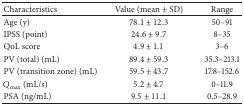
<table><thead><tr><td><b>Characteristics</b></td><td><b>Value (mean ± SD)</b></td><td><b>Range</b></td></tr></thead><tbody><tr><td>Age (y)</td><td>78.1 ± 12.3</td><td>50–91</td></tr><tr><td>IPSS (point)</td><td>24.6 ± 9.7</td><td>8–35</td></tr><tr><td>QoL score</td><td>4.9 ± 1.1</td><td>3–6</td></tr><tr><td>PV (total) (mL)</td><td>89.4 ± 59.3</td><td>35.3–213.1</td></tr><tr><td>PV (transition zone) (mL)</td><td>59.5 ± 43.7</td><td>17.8–152.6</td></tr><tr><td><i>Q</i><sub>max</sub> (mL/s)</td><td>5.2 ± 4.7</td><td>0–11.9</td></tr><tr><td>PSA (ng/mL)</td><td>9.5 ± 11.1</td><td>0.5–28.9</td></tr></tbody></table>